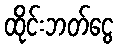
ထိုင်းဘတ်ငွေ